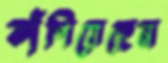
কাঁপিয়েছেন